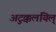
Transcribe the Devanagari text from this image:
अटुक्कलयिल्